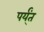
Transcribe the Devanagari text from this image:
पर्य्ंत